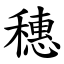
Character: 穗